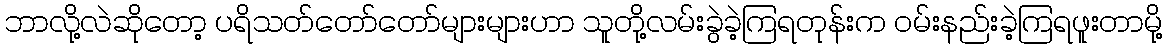
ဘာလို့လဲဆိုတော့ ပရိသတ်တော်တော်များများဟာ သူတို့လမ်းခွဲခဲ့ကြရတုန်းက ၀မ်းနည်းခဲ့ကြရဖူးတာမို့